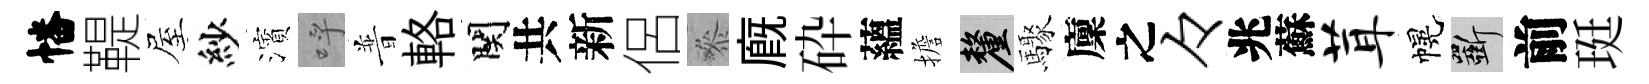
幡鞮屋紗濱呼普輅関共新侶叅廐砕蘊擔厘驟廩之々兆蘇茸幌斫前珽